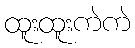
ထူးထူးကဲကဲ